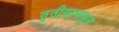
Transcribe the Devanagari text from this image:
तृतीयापासून